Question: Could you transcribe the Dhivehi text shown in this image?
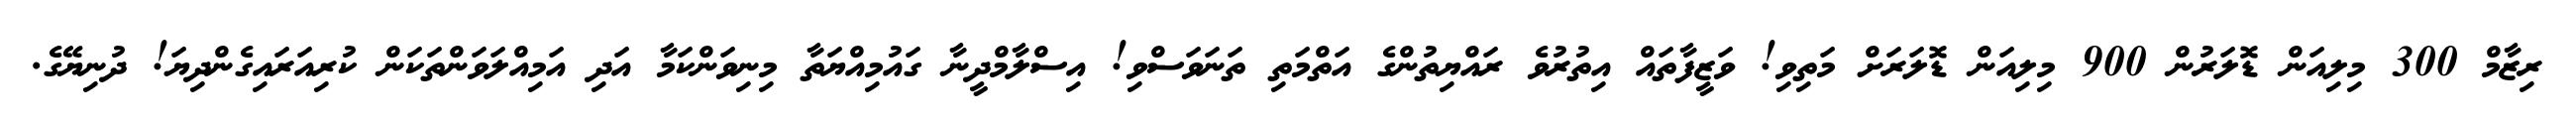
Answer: ރިޒާމް 300 މިލިއަން ޑޮލަރުން 900 މިލިއަން ޑޮލަރަށް މަތިވި! ވަޒީފާތައް އިތުރުވެ ރައްޔިތުންގެ އަތްމަތި ތަނަވަސްވި! އިސްލާމްދީނާ ގައުމިއްޔަތާ މިނިވަންކަމާ އަދި އަމިއްލަވަންތަކަން ކުރިއަރައިގެންދިޔަ! ދުނިޔޭގެ.